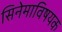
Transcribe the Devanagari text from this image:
सिनेमाविषयक